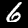
Label: 6